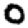
Digit: 0